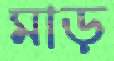
মাড়